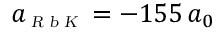
a _ { \scriptscriptstyle \textsl { R b K } } = - 1 5 5 \, a _ { 0 }